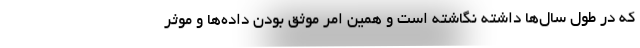
که در طول سال‌ها داشته نگاشته است و همین امر موثق بودن داده‌ها و موثر